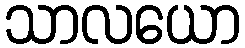
သာလယော